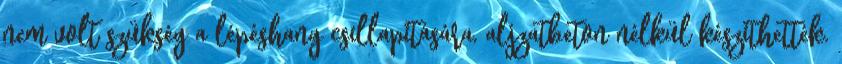
nem volt szükség a lépéshang csillapítására, aljzatbeton nélkül készíthették.